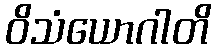
ဝိသံယောဂါတိ